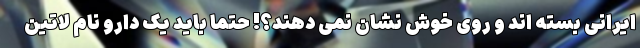
ایرانی بسته اند و روی خوش نشان نمی دهند؟! حتماً باید یک دارو نام لاتین